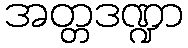
အတ္တဒဏ္ဍာ